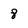
Character: 8